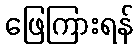
ဖြေကြားရန်